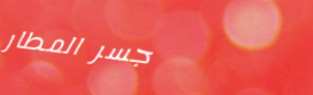
جسر المطار